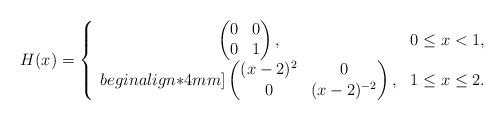
LaTeX: \begin{align*}H(x)=\left\{\begin{array}{cl}\begin{pmatrix}0&0\\0&1\end{pmatrix},& 0\le x<1,\\begin{align*}4mm]\begin{pmatrix}(x-2)^2&0\\0&(x-2)^{-2}\end{pmatrix},& 1\le x\le 2.\end{array}\right.\end{align*}